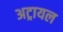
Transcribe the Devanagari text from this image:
अट्रायल